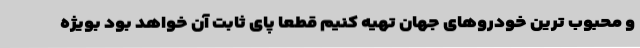
و محبوب ترین خودروهای جهان تهیه کنیم قطعا پای ثابت آن خواهد بود بویژه